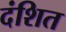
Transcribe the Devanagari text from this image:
दंशित